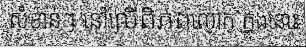
សំខាន់ៗ នៅលើពិភពលោក ក្នុងនោះ